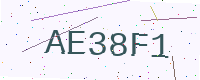
Text: AE38F1